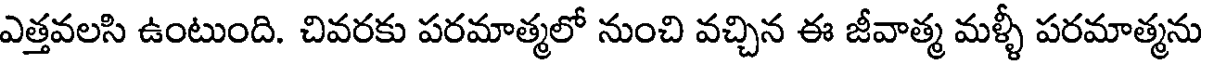
ఎత్తవలసి ఉంటుంది. చివరకు పరమాత్మలో నుంచి వచ్చిన ఈ జీవాత్మ మళ్ళీ పరమాత్మను